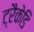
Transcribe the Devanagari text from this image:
ट्रैकेडि